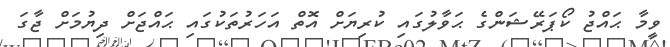
ވީމާ ޙައްޖު ކޯޕަރޭޝަންގެ ޙަވާލުގައި ކުރިޔަށް އޮތް އަހަރުތަކުގައި ޙައްޖަށް ދިޔުމަށް ޖާގަ